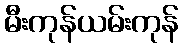
မီးကုန်ယမ်းကုန်